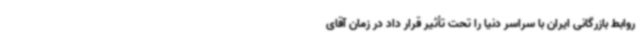
روابط بازرگانی ایران با سراسر دنیا را تحت تأثیر قرار داد در زمان آقای